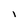
Character: i